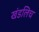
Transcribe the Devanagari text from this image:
खंडलिच